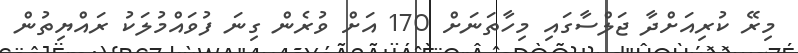
މިރޭ ކުރިއަށްދާ ޖަލްސާގައި މިހާތަނަށް 170 އަށް ވުރެން ގިނަ ފުވައްމުލަކު ރައްޔިތުން